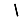
Digit: 1